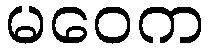
မဝေက